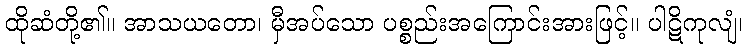
ထိုဆံတို့၏။ အာသယတော၊ မှီအပ်သော ပစ္စည်းအကြောင်းအားဖြင့်။ ပါဋိကုလျံ၊